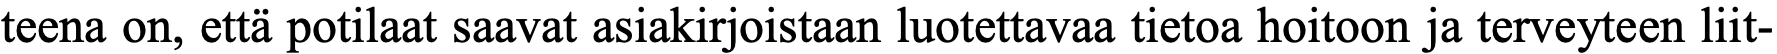
teena on, että potilaat saavat asiakirjoistaan luotettavaa tietoa hoitoon ja terveyteen liit-